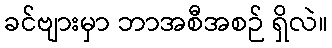
ခင်ဗျားမှာ ဘာအစီအစဉ် ရှိလဲ။